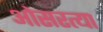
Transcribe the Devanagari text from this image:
ओसरत्या